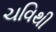
ચવિથી